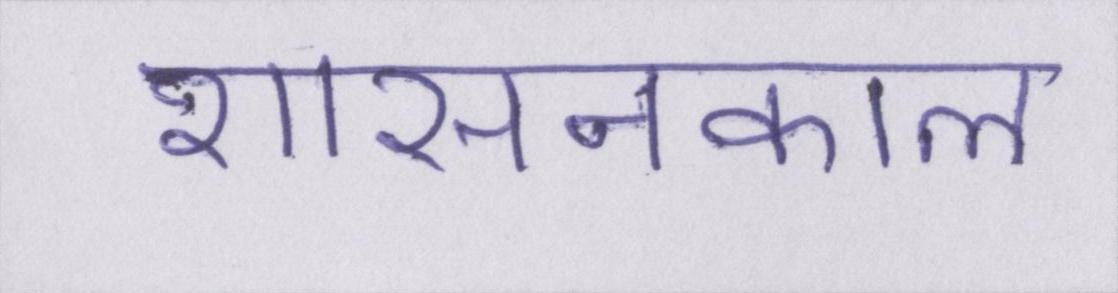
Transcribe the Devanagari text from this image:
शासनकाल